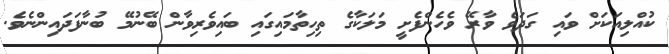
ކުއްލިއަކަށް ވައި ގަދަވެ ވާރޭ ވެހެންފެށީ މަލަކާގެ ތިހިތާމައިގައި ބައިވެރިވާން ބޭނުމޭ ބުނާފަދައިންނެވެ.